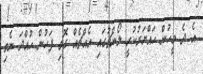
އެ ދެ މީހުން ހައްޔަރުކުރީ ލޯންޗުގައި އެއްޗެއް ގޮވި ފަހުން ހުއްދަ ނެތި